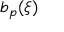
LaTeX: b _ { p } ( \xi )